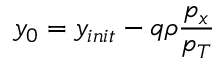
y _ { 0 } = y _ { i n i t } - q \rho \frac { p _ { x } } { p _ { T } }